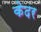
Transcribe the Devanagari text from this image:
केदर